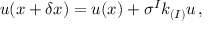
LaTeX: u ( x + \delta x ) = u ( x ) + \sigma ^ { I } k _ { ( I ) } u \, ,